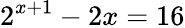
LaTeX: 2^{x+1}-2x=16